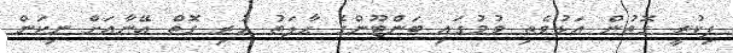
ފިކުރީ ގޮތުން އަޅުވެތި ވުމުގައި ބަންޓޫންގެ ޙާލަތު ހުރި ގޮތް އޭނާއަށް ނިކަން